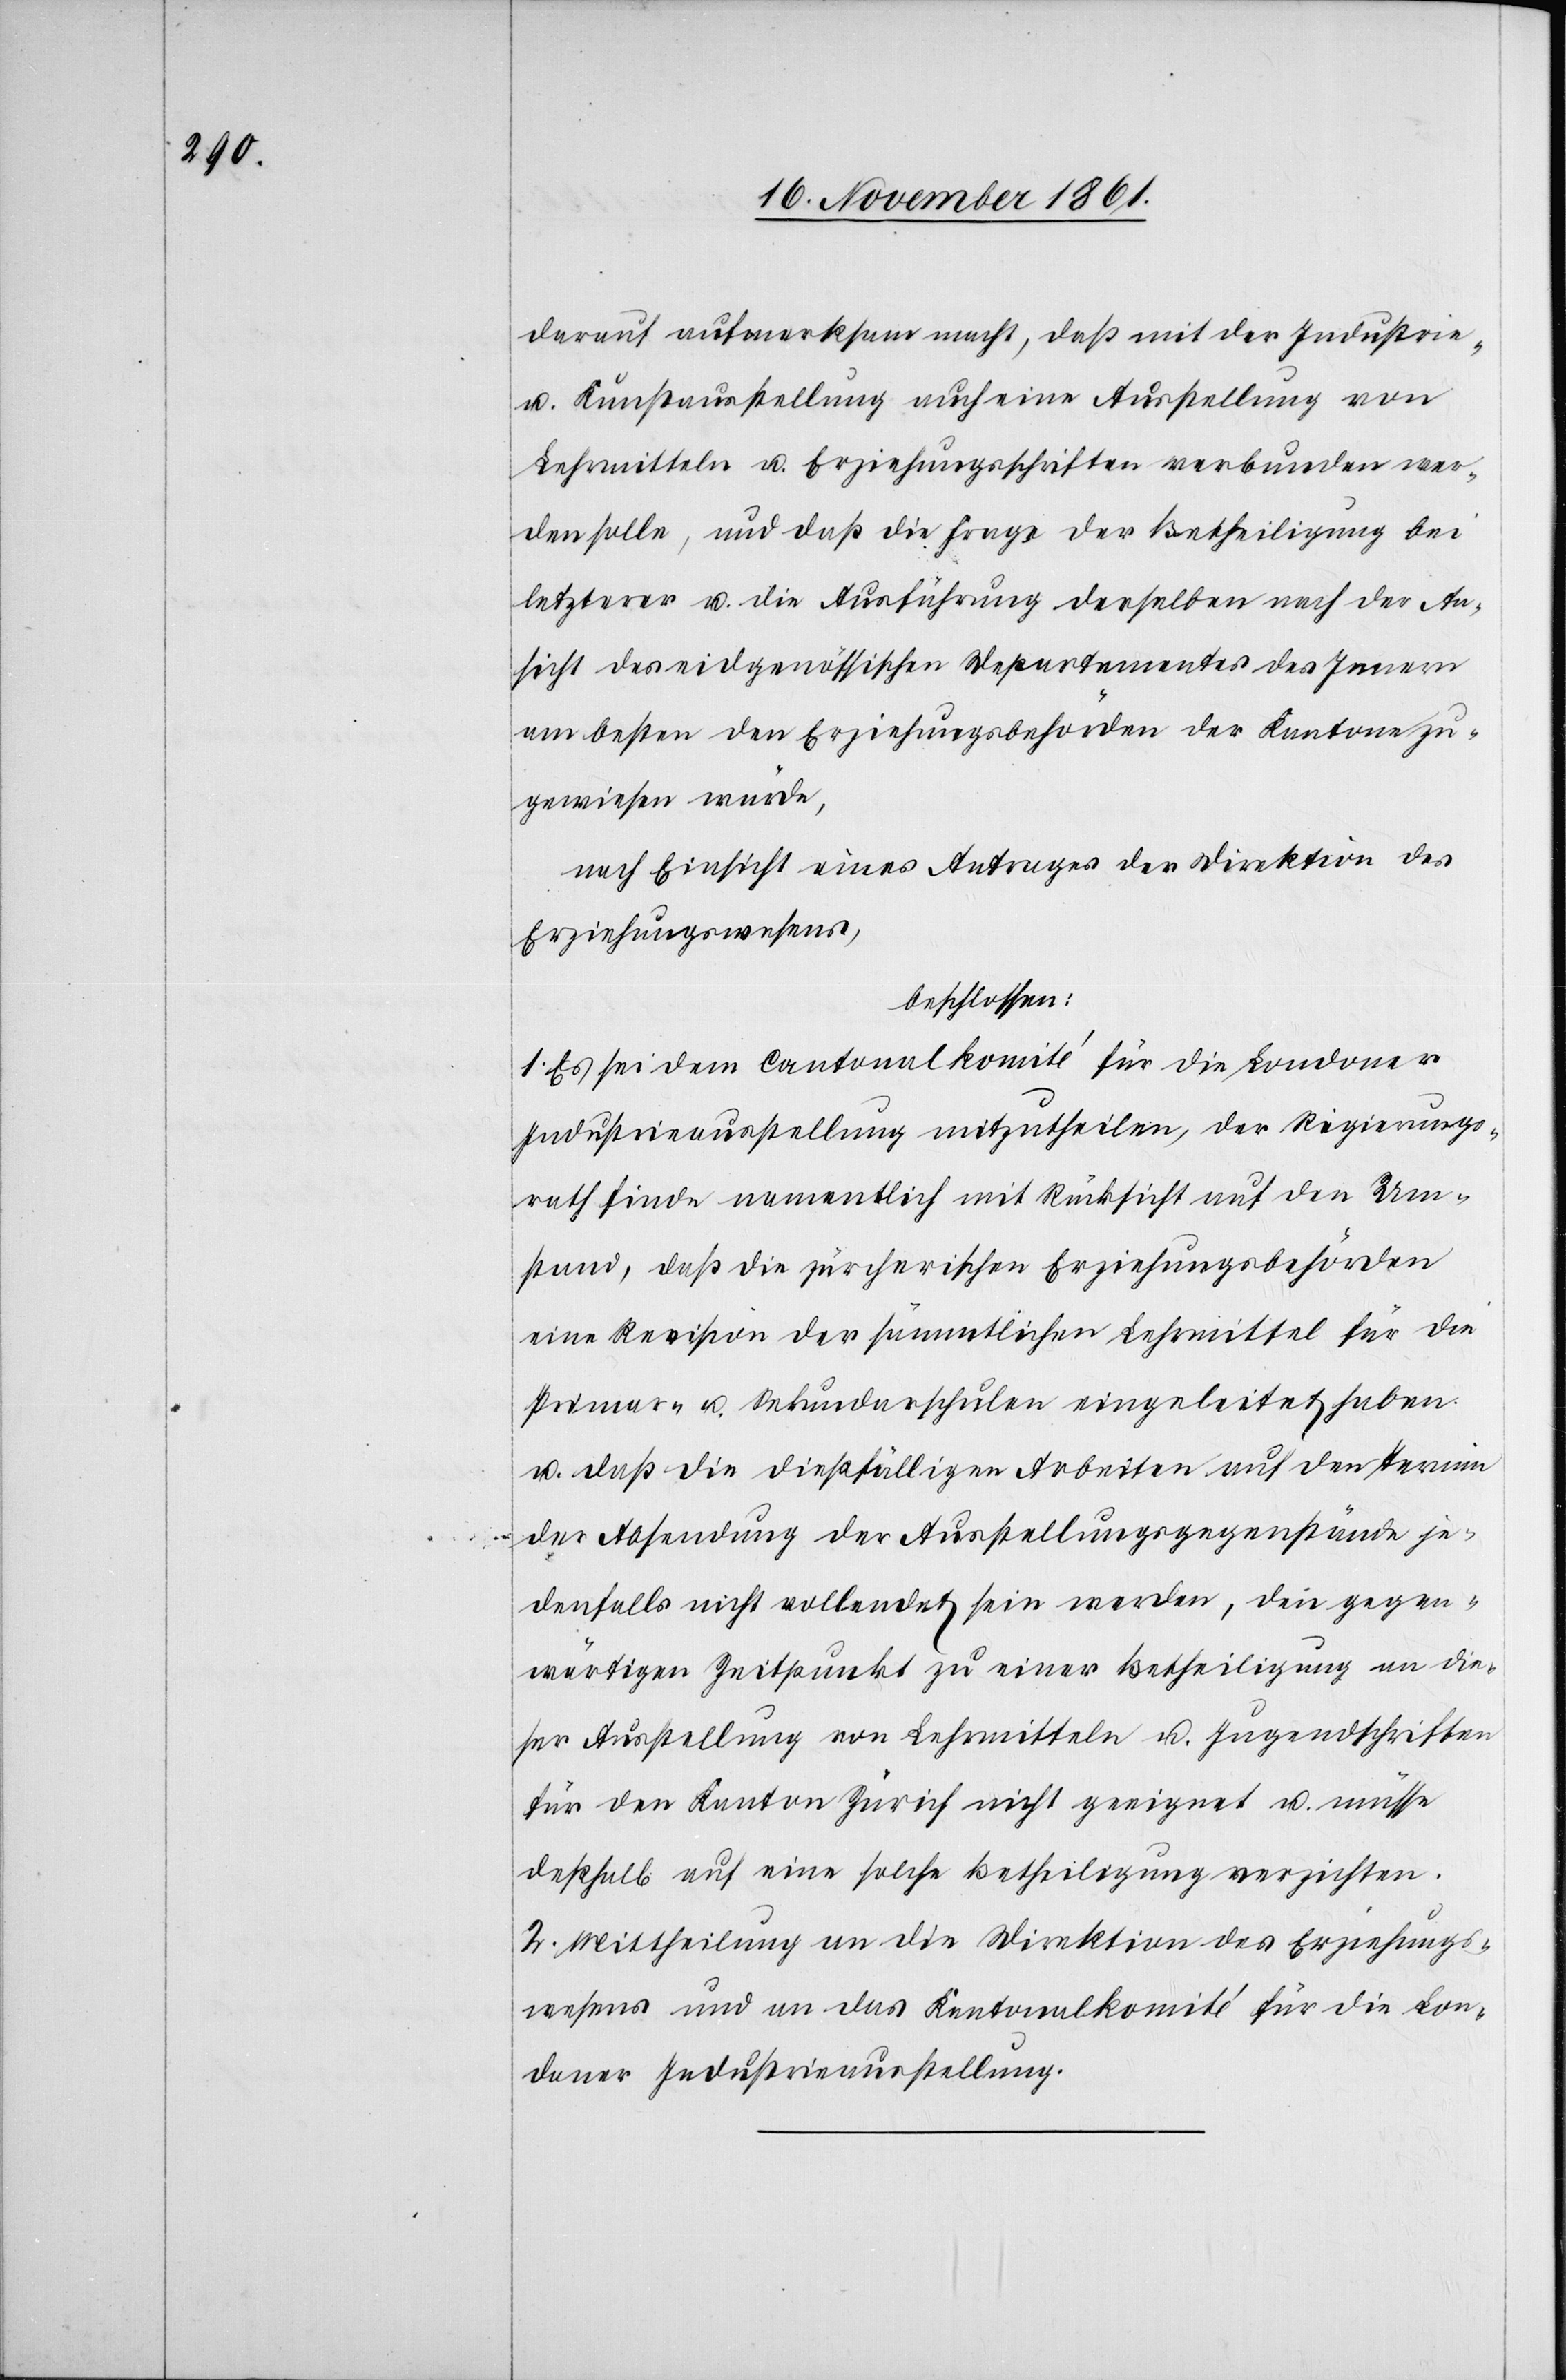
darauf aufmerksam macht, daß mit der Industrie-
u. Kunstausstellung auch eine Ausstellung von
Lehrmitteln u. Erziehungsschriften verbunden wer¬
den solle, und daß die Frage der Betheiligung bei
letzterer u. die Ausführung derselben nach der An¬
sicht des eidgenössischen Departements des Innern
am besten den Erziehungsbehörden der Kantone zu¬
gewiesen würde,
nach Einsicht eine Antrages der Direktion des
Erziehungswesens,
beschlossen:
1. Es sei dem Cantonalkomité für die Londoner
Industrieausstellung mitzutheilen, der Regierungs¬
rath finde namentlich mit Rücksicht auf den Um¬
stand, daß die zürcherischen Erziehungsbehörden
eine Revision der sämmtlichen Lehrmittel für die
Primar- und Sekundarschulen eingeleitet haben
u. daß die dießfälligen Arbeiten auf den Termin
der Absendung der Ausstellungsgegenstände je¬
denfalls nicht vollendet sein werden, den gegen¬
wärtigen Zeitpunkt zu einer Betheiligung an die¬
ser Ausstellung von Lehrmitteln u. Jugendschriften
für den Kanton Zürich nicht geeignet u. müsse
deßhalb auf eine solche Betheiligung verzichten.
2. Mittheilung an die Direktion des Erziehungs¬
wesens und das Kantonalkomité für die Lon¬
donder Industrieausstellung.